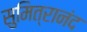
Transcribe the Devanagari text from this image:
सुमित्रानंद